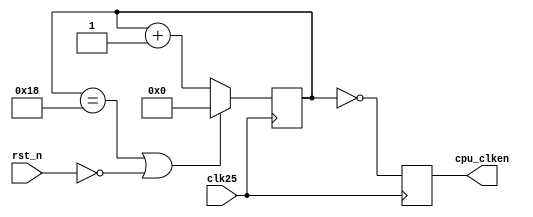
// Licensed to the Apache Software Foundation (ASF) under one
// or more contributor license agreements.  See the NOTICE file
// distributed with this work for additional information
// regarding copyright ownership.  The ASF licenses this file
// to you under the Apache License, Version 2.0 (the
// "License"); you may not use this file except in compliance
// with the License.  You may obtain a copy of the License at
//
//   http://www.apache.org/licenses/LICENSE-2.0
//
// Unless required by applicable law or agreed to in writing,
// software distributed under the License is distributed on an
// "AS IS" BASIS, WITHOUT WARRANTIES OR CONDITIONS OF ANY
// KIND, either express or implied.  See the License for the
// specific language governing permissions and limitations
// under the License.
//
// Description: Clock divider to provide clock enables for 
//              devices.
//
// Author.....: Alan Garfield
//              Niels A. Moseley
// Date.......: 29-1-2018
//

module clock(
    input clk25,            // 25MHz clock master clock
    input rst_n,            // active low synchronous reset

    // Clock enables
    output reg cpu_clken    // 1MHz clock enable for the CPU and devices
    );

    // generate clock enable once every
    // 25 clocks. This will (hopefully) make
    // the 6502 run at 1 MHz or 1Hz
    //
    // the clock division counter is synchronously
    // reset using rst_n to avoid undefined signals
    // in simulation
    //

    //`define SLOWCPU
    `ifdef SLOWCPU
        reg [25:0] clk_div;
        always @(posedge clk25)
        begin
            // note: clk_div should be compared to
            //       N-1, where N is the clock divisor
            if ((clk_div == 24999999) || (rst_n == 1'b0))
                clk_div <= 0;
            else
                clk_div <= clk_div + 1'b1;

            cpu_clken <= (clk_div[25:0] == 0);
        end
    `else
        reg [4:0] clk_div;
        always @(posedge clk25)
        begin
            // note: clk_div should be compared to
            //       N-1, where N is the clock divisor
            if ((clk_div == 24) || (rst_n == 1'b0))
                clk_div <= 0;
            else
                clk_div <= clk_div + 1'b1;

            cpu_clken <= (clk_div[4:0] == 0);
        end
    `endif

endmodule